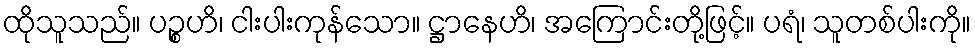
ထိုသူသည်။ ပဉ္စဟိ၊ ငါးပါးကုန်သော။ ဋ္ဌာနေဟိ၊ အကြောင်းတို့ဖြင့်။ ပရံ၊ သူတစ်ပါးကို။